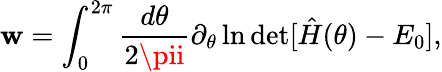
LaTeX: \mathbf{w}=\int_{0}^{2\pi}\frac{{d\theta}}{{2\pii}}\partial_{\theta}\ln\operatorname*{det}[\hat{{H}}(\theta)-E_{0}],